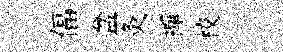
偪盆灸襌校